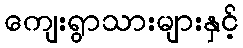
ကျေးရွာသားများနှင့်